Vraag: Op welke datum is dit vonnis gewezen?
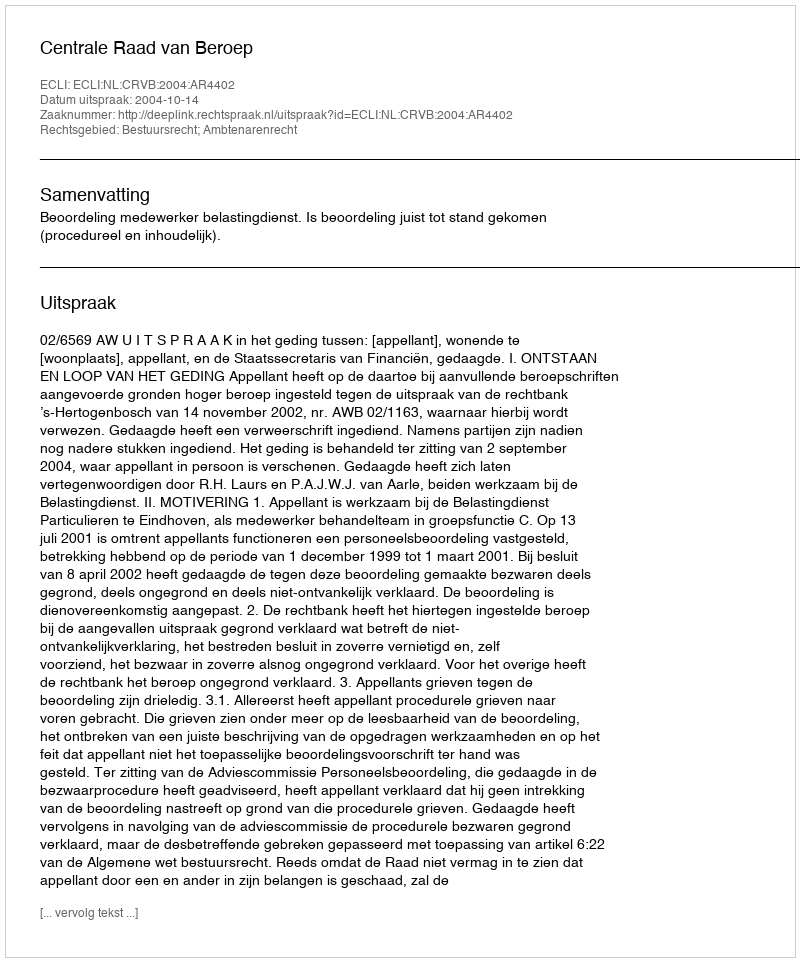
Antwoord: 2004-10-14